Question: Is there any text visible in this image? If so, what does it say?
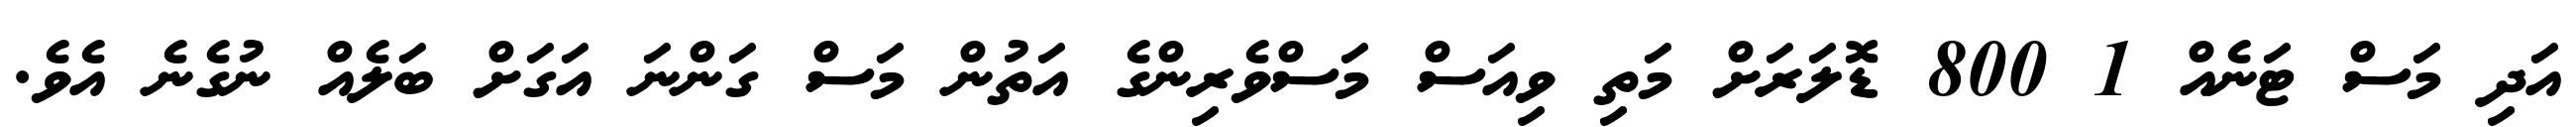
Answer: އަދި މަސް ޓަނެއް 1 800 ޑޮލަރަށް މަތި ވިއަސް މަސްވެރިންގެ އަތުން މަސް ގަންނަ އަގަށް ބަލެއް ނުގެނެ އެވެ.